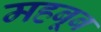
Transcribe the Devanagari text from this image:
महबूब